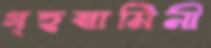
গৃহস্বামিনী